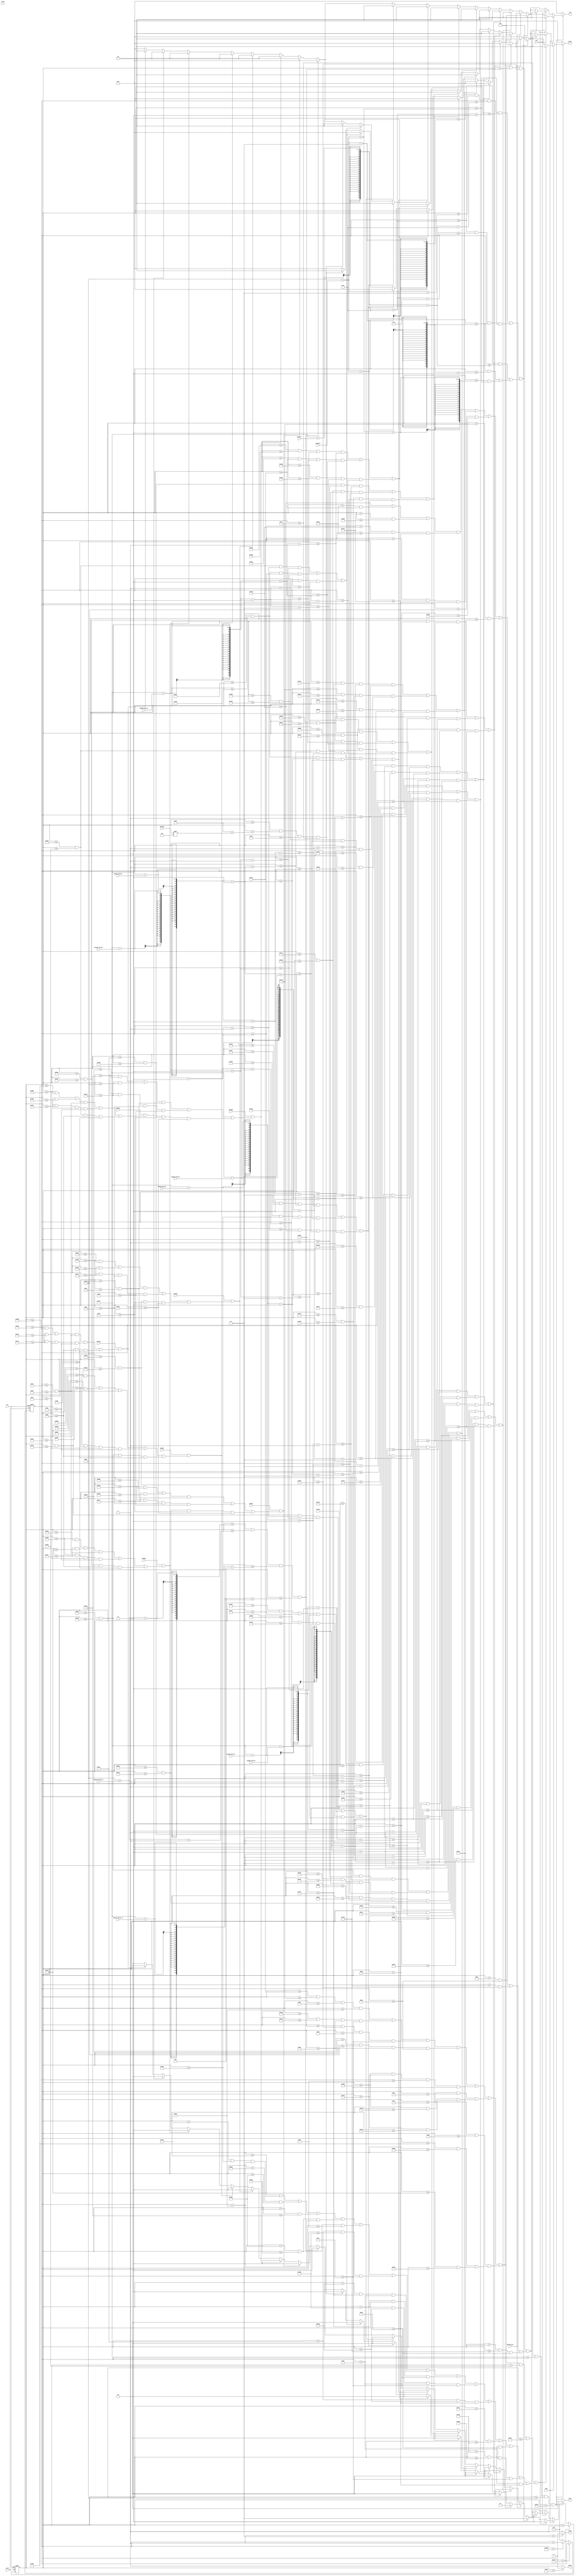
`timescale 1ns / 1ps
//////////////////////////////////////////////////////////////////////////////////
// Company: 
// Engineer: 
// 
// Design Name: 
// Module Name:    vga640x480 
// Project Name: 
// Target Devices: 
// Tool versions: 
// Description: 
//
// Dependencies: 
//
// Revision: 
// Revision 0.01 - File Created
// Additional Comments: 
//
//////////////////////////////////////////////////////////////////////////////////


module vga640x480(
	input wire dclk,			//pixel clock: 25MHz
	input wire clr,			//asynchronous reset
	input [9:0] playerX,
	input [8:0] playerY,
	input [9:0] player_bullet_x,
	input [8:0] player_bullet_y,
	input enemy1,
	input enemy2,
	input enemy3,
	input enemy4,
	input enemy5,
	input enemy6,
	input enemy7,
	input [8:0] enemy1_bullet,
	input [8:0] enemy2_bullet,
	input [8:0] enemy3_bullet,
	input [8:0] enemy4_bullet,
	input [8:0] enemy5_bullet,
	input [8:0] enemy6_bullet,
	input [8:0] enemy7_bullet,
	input [1:0] lives,
	input [6:0] bossHP,
	input bossActive,
	input win,
	input lose,
	output wire hsync,		//horizontal sync out
	output wire vsync,		//vertical sync out
	output reg [2:0] red,	//red vga output
	output reg [2:0] green, //green vga output
	output reg [1:0] blue	//blue vga output
	);


parameter PLAYER_WIDTH = 9; //half
parameter PLAYER_HEIGHT = 9; //half
parameter PLAYER_SPEED = 2;
parameter PLAYER_BULLET_SPEED = 4;
parameter PLAYER_BULLET_WIDTH = 1; //half
parameter PLAYER_BULLET_HEIGHT = 5;

parameter ENEMY_WIDTH = 7; //half
parameter ENEMY_HEIGHT = 7; //half
parameter ENEMY_BULLET_SPEED = 2;
parameter ENEMY_BULLET_SIZE = 3; //half

parameter BOSS_LEFT = 256;
parameter BOSS_RIGHT = 384;
parameter BOSS_TOP = 420;
parameter BOSS_BOTTOM = 360;


// video structure constants
parameter hpixels = 800;// horizontal pixels per line
parameter vlines = 521; // vertical lines per frame
parameter hpulse = 96; 	// hsync pulse length
parameter vpulse = 2; 	// vsync pulse length
parameter hbp = 144; 	// end of horizontal back porch
parameter hfp = 784; 	// beginning of horizontal front porch
parameter vbp = 31; 		// end of vertical back porch
parameter vfp = 511; 	// beginning of vertical front porch
// active horizontal video is therefore: 784 - 144 = 640
// active vertical video is therefore: 511 - 31 = 480

// registers for storing the horizontal & vertical counters
reg [9:0] hc;
reg [9:0] vc;

// Horizontal & vertical counters --
// this is how we keep track of where we are on the screen.
// ------------------------
// Sequential "always block", which is a block that is
// only triggered on signal transitions or "edges".
// posedge = rising edge  &  negedge = falling edge
// Assignment statements can only be used on type "reg" and need to be of the "non-blocking" type: <=
always @(posedge dclk or posedge clr)
begin
	// reset condition
	if (clr == 1)
	begin
		hc <= 0;
		vc <= 0;
	end
	else
	begin
		// keep counting until the end of the line
		if (hc < hpixels - 1)
			hc <= hc + 1;
		else
		// When we hit the end of the line, reset the horizontal
		// counter and increment the vertical counter.
		// If vertical counter is at the end of the frame, then
		// reset that one too.
		begin
			hc <= 0;
			if (vc < vlines - 1)
				vc <= vc + 1;
			else
				vc <= 0;
		end
		
	end
end

// generate sync pulses (active low)
// ----------------
// "assign" statements are a quick way to
// give values to variables of type: wire
assign hsync = (hc < hpulse) ? 0:1;
assign vsync = (vc < vpulse) ? 0:1;

// display 100% saturation colorbars
// ------------------------
// Combinational "always block", which is a block that is
// triggered when anything in the "sensitivity list" changes.
// The asterisk implies that everything that is capable of triggering the block
// is automatically included in the sensitivty list.  In this case, it would be
// equivalent to the following: always @(hc, vc)
// Assignment statements can only be used on type "reg" and should be of the "blocking" type: =
always @(*)
begin
	// first check if we're within vertical active video range
	if (vc >= vbp && vc < vfp && hc >= hbp && hc < hfp)
	begin

		// default
		red = 0;
		green = 0;
		blue = 0;


		// draw enemies
		//if(enemy1 && hc >= hbp + 128 - ENEMY_WIDTH && hc <= hbp + 128 + ENEMY_WIDTH && vc >= vfp - 420 - ENEMY_HEIGHT && vc <= vfp - 420 + ENEMY_HEIGHT) begin
		if(enemy1 && (((hc >= hbp + 128 - ENEMY_WIDTH && hc <= hbp + 128 - ENEMY_WIDTH + 2) || 
		(hc <= hbp + 128 + ENEMY_WIDTH && hc >= hbp + 128 + ENEMY_WIDTH - 2)) && (vc >= vfp - 420 - ENEMY_HEIGHT && vc <= vfp - 420 + ENEMY_HEIGHT) ||
		(hc >= hbp + 128 - ENEMY_WIDTH && hc <= hbp + 128 + ENEMY_WIDTH && vc >= vfp - 420 - 1 && vc <= vfp - 420 + 1) ||
		(hc >= hbp + 128 - 2 && hc <= hbp + 128 + 2 && vc >= vfp - 420 - 2 && vc <= vfp - 420 + 2))) begin
			red = 3'b111;
			green = 0;
			blue = 2'b11;
		end
		//if(enemy2 && hc >= hbp + 256 - ENEMY_WIDTH && hc <= hbp + 256 + ENEMY_WIDTH && vc >= vfp - 420 - ENEMY_HEIGHT && vc <= vfp - 420 + ENEMY_HEIGHT) begin
		if(enemy2 && (((hc >= hbp + 256 - ENEMY_WIDTH && hc <= hbp + 256 - ENEMY_WIDTH + 2) || 
		(hc <= hbp + 256 + ENEMY_WIDTH && hc >= hbp + 256 + ENEMY_WIDTH - 2)) && (vc >= vfp - 420 - ENEMY_HEIGHT && vc <= vfp - 420 + ENEMY_HEIGHT) ||
		(hc >= hbp + 256 - ENEMY_WIDTH && hc <= hbp + 256 + ENEMY_WIDTH && vc >= vfp - 420 - 1 && vc <= vfp - 420 + 1) ||
		(hc >= hbp + 256 - 2 && hc <= hbp + 256 + 2 && vc >= vfp - 420 - 2 && vc <= vfp - 420 + 2))) begin
			red = 3'b111;
			green = 0;
			blue = 2'b11;
		end
		//if(enemy3 && hc >= hbp + 384 - ENEMY_WIDTH && hc <= hbp + 384 + ENEMY_WIDTH && vc >= vfp - 420 - ENEMY_HEIGHT && vc <= vfp - 420 + ENEMY_HEIGHT) begin
		if(enemy3 && (((hc >= hbp + 384 - ENEMY_WIDTH && hc <= hbp + 384 - ENEMY_WIDTH + 2) || 
		(hc <= hbp + 384 + ENEMY_WIDTH && hc >= hbp + 384 + ENEMY_WIDTH - 2)) && (vc >= vfp - 420 - ENEMY_HEIGHT && vc <= vfp - 420 + ENEMY_HEIGHT) ||
		(hc >= hbp + 384 - ENEMY_WIDTH && hc <= hbp + 384 + ENEMY_WIDTH && vc >= vfp - 420 - 1 && vc <= vfp - 420 + 1) ||
		(hc >= hbp + 384 - 2 && hc <= hbp + 384 + 2 && vc >= vfp - 420 - 2 && vc <= vfp - 420 + 2))) begin
			red = 3'b111;
			green = 0;
			blue = 2'b11;
		end
		//if(enemy4 && hc >= hbp + 512 - ENEMY_WIDTH && hc <= hbp + 512 + ENEMY_WIDTH && vc >= vfp - 420 - ENEMY_HEIGHT && vc <= vfp - 420 + ENEMY_HEIGHT) begin
		if(enemy4 && (((hc >= hbp + 512 - ENEMY_WIDTH && hc <= hbp + 512 - ENEMY_WIDTH + 2) || 
		(hc <= hbp + 512 + ENEMY_WIDTH && hc >= hbp + 512 + ENEMY_WIDTH - 2)) && (vc >= vfp - 420 - ENEMY_HEIGHT && vc <= vfp - 420 + ENEMY_HEIGHT) ||
		(hc >= hbp + 512 - ENEMY_WIDTH && hc <= hbp + 512 + ENEMY_WIDTH && vc >= vfp - 420 - 1 && vc <= vfp - 420 + 1) ||
		(hc >= hbp + 512 - 2 && hc <= hbp + 512 + 2 && vc >= vfp - 420 - 2 && vc <= vfp - 420 + 2))) begin
			red = 3'b111;
			green = 0;
			blue = 2'b11;
		end
		//if(enemy5 && hc >= hbp + 160 - ENEMY_WIDTH && hc <= hbp + 160 + ENEMY_WIDTH && vc >= vfp - 360 - ENEMY_HEIGHT && vc <= vfp - 360 + ENEMY_HEIGHT) begin
		if(enemy5 && (((hc >= hbp + 160 - ENEMY_WIDTH && hc <= hbp + 160 - ENEMY_WIDTH + 2) || 
		(hc <= hbp + 160 + ENEMY_WIDTH && hc >= hbp + 160 + ENEMY_WIDTH - 2)) && (vc >= vfp - 360 - ENEMY_HEIGHT && vc <= vfp - 360 + ENEMY_HEIGHT) ||
		(hc >= hbp + 160 - ENEMY_WIDTH && hc <= hbp + 160 + ENEMY_WIDTH && vc >= vfp - 360 - 1 && vc <= vfp - 360 + 1) ||
		(hc >= hbp + 160 - 2 && hc <= hbp + 160 + 2 && vc >= vfp - 360 - 2 && vc <= vfp - 360 + 2))) begin
			red = 3'b111;
			green = 0;
			blue = 2'b11;
		end
		//if(enemy6 && hc >= hbp + 320 - ENEMY_WIDTH && hc <= hbp + 320 + ENEMY_WIDTH && vc >= vfp - 360 - ENEMY_HEIGHT && vc <= vfp - 360 + ENEMY_HEIGHT) begin
		if(enemy6 && (((hc >= hbp + 320 - ENEMY_WIDTH && hc <= hbp + 320 - ENEMY_WIDTH + 2) || 
		(hc <= hbp + 320 + ENEMY_WIDTH && hc >= hbp + 320 + ENEMY_WIDTH - 2)) && (vc >= vfp - 360 - ENEMY_HEIGHT && vc <= vfp - 360 + ENEMY_HEIGHT) ||
		(hc >= hbp + 320 - ENEMY_WIDTH && hc <= hbp + 320 + ENEMY_WIDTH && vc >= vfp - 360 - 1 && vc <= vfp - 360 + 1) ||
		(hc >= hbp + 320 - 2 && hc <= hbp + 320 + 2 && vc >= vfp - 360 - 2 && vc <= vfp - 360 + 2))) begin
			red = 3'b111;
			green = 0;
			blue = 2'b11;
		end
		//if(enemy7 && hc >= hbp + 480 - ENEMY_WIDTH && hc <= hbp + 480 + ENEMY_WIDTH && vc >= vfp - 360 - ENEMY_HEIGHT && vc <= vfp - 360 + ENEMY_HEIGHT) begin
		if(enemy7 && (((hc >= hbp + 480 - ENEMY_WIDTH && hc <= hbp + 480 - ENEMY_WIDTH + 2) || 
		(hc <= hbp + 480 + ENEMY_WIDTH && hc >= hbp + 480 + ENEMY_WIDTH - 2)) && (vc >= vfp - 360 - ENEMY_HEIGHT && vc <= vfp - 360 + ENEMY_HEIGHT) ||
		(hc >= hbp + 480 - ENEMY_WIDTH && hc <= hbp + 480 + ENEMY_WIDTH && vc >= vfp - 360 - 1 && vc <= vfp - 360 + 1) ||
		(hc >= hbp + 480 - 2 && hc <= hbp + 480 + 2 && vc >= vfp - 360 - 2 && vc <= vfp - 360 + 2))) begin
			red = 3'b111;
			green = 0;
			blue = 2'b11;
		end

		// draw player bullet
		if(hc >= hbp + player_bullet_x - PLAYER_BULLET_WIDTH && hc <= hbp + player_bullet_x + PLAYER_BULLET_WIDTH && vc >= vfp - player_bullet_y - PLAYER_BULLET_HEIGHT && vc <= vfp - player_bullet_y + PLAYER_BULLET_HEIGHT) begin
			red = 0;
			green = 0;
			blue = 2'b11;
		end

		// draw enemy bullets
		if(!bossActive) begin
			if(hc >= hbp + 128 - ENEMY_BULLET_SIZE + 1 && hc <= hbp + 128 + ENEMY_BULLET_SIZE - 1 && vc >= vfp - enemy1_bullet - ENEMY_BULLET_SIZE + 1 && vc <= vfp - enemy1_bullet + ENEMY_BULLET_SIZE - 1 ||
			   hc >= hbp + 128 - ENEMY_BULLET_SIZE + 2 && hc <= hbp + 128 + ENEMY_BULLET_SIZE - 2 && vc >= vfp - enemy1_bullet - ENEMY_BULLET_SIZE && vc <= vfp - enemy1_bullet + ENEMY_BULLET_SIZE ||
			   hc >= hbp + 128 - ENEMY_BULLET_SIZE && hc <= hbp + 128 + ENEMY_BULLET_SIZE && vc >= vfp - enemy1_bullet - ENEMY_BULLET_SIZE + 2 && vc <= vfp - enemy1_bullet + ENEMY_BULLET_SIZE - 2) begin
				red = 3'b111;
				green = 0;
				blue = 0;
			end
			if(hc >= hbp + 256 - ENEMY_BULLET_SIZE + 1 && hc <= hbp + 256 + ENEMY_BULLET_SIZE - 1 && vc >= vfp - enemy2_bullet - ENEMY_BULLET_SIZE + 1 && vc <= vfp - enemy2_bullet + ENEMY_BULLET_SIZE - 1 ||
			   hc >= hbp + 256 - ENEMY_BULLET_SIZE + 2 && hc <= hbp + 256 + ENEMY_BULLET_SIZE - 2 && vc >= vfp - enemy2_bullet - ENEMY_BULLET_SIZE && vc <= vfp - enemy2_bullet + ENEMY_BULLET_SIZE ||
			   hc >= hbp + 256 - ENEMY_BULLET_SIZE && hc <= hbp + 256 + ENEMY_BULLET_SIZE && vc >= vfp - enemy2_bullet - ENEMY_BULLET_SIZE + 2 && vc <= vfp - enemy2_bullet + ENEMY_BULLET_SIZE - 2) begin
				red = 3'b111;
				green = 0;
				blue = 0;
			end
			if(hc >= hbp + 384 - ENEMY_BULLET_SIZE + 1 && hc <= hbp + 384 + ENEMY_BULLET_SIZE - 1 && vc >= vfp - enemy3_bullet - ENEMY_BULLET_SIZE + 1 && vc <= vfp - enemy3_bullet + ENEMY_BULLET_SIZE - 1 ||
			   hc >= hbp + 384 - ENEMY_BULLET_SIZE + 2 && hc <= hbp + 384 + ENEMY_BULLET_SIZE - 2 && vc >= vfp - enemy3_bullet - ENEMY_BULLET_SIZE && vc <= vfp - enemy3_bullet + ENEMY_BULLET_SIZE ||
			   hc >= hbp + 384 - ENEMY_BULLET_SIZE && hc <= hbp + 384 + ENEMY_BULLET_SIZE && vc >= vfp - enemy3_bullet - ENEMY_BULLET_SIZE + 2 && vc <= vfp - enemy3_bullet + ENEMY_BULLET_SIZE - 2) begin
				red = 3'b111;
				green = 0;
				blue = 0;
			end
			if(hc >= hbp + 512 - ENEMY_BULLET_SIZE + 1 && hc <= hbp + 512 + ENEMY_BULLET_SIZE - 1 && vc >= vfp - enemy4_bullet - ENEMY_BULLET_SIZE + 1 && vc <= vfp - enemy4_bullet + ENEMY_BULLET_SIZE - 1 ||
			   hc >= hbp + 512 - ENEMY_BULLET_SIZE + 2 && hc <= hbp + 512 + ENEMY_BULLET_SIZE - 2 && vc >= vfp - enemy4_bullet - ENEMY_BULLET_SIZE && vc <= vfp - enemy4_bullet + ENEMY_BULLET_SIZE ||
			   hc >= hbp + 512 - ENEMY_BULLET_SIZE && hc <= hbp + 512 + ENEMY_BULLET_SIZE && vc >= vfp - enemy4_bullet - ENEMY_BULLET_SIZE + 2 && vc <= vfp - enemy4_bullet + ENEMY_BULLET_SIZE - 2) begin
				red = 3'b111;
				green = 0;
				blue = 0;
			end
			if(hc >= hbp + 160 - ENEMY_BULLET_SIZE + 1 && hc <= hbp + 160 + ENEMY_BULLET_SIZE - 1 && vc >= vfp - enemy5_bullet - ENEMY_BULLET_SIZE + 1 && vc <= vfp - enemy5_bullet + ENEMY_BULLET_SIZE - 1 ||
			   hc >= hbp + 160 - ENEMY_BULLET_SIZE + 2 && hc <= hbp + 160 + ENEMY_BULLET_SIZE - 2 && vc >= vfp - enemy5_bullet - ENEMY_BULLET_SIZE && vc <= vfp - enemy5_bullet + ENEMY_BULLET_SIZE ||
			   hc >= hbp + 160 - ENEMY_BULLET_SIZE && hc <= hbp + 160 + ENEMY_BULLET_SIZE && vc >= vfp - enemy5_bullet - ENEMY_BULLET_SIZE + 2 && vc <= vfp - enemy5_bullet + ENEMY_BULLET_SIZE - 2) begin
				red = 3'b111;
				green = 0;
				blue = 0;
			end
			if(hc >= hbp + 320 - ENEMY_BULLET_SIZE + 1 && hc <= hbp + 320 + ENEMY_BULLET_SIZE - 1 && vc >= vfp - enemy6_bullet - ENEMY_BULLET_SIZE + 1 && vc <= vfp - enemy6_bullet + ENEMY_BULLET_SIZE - 1 ||
			   hc >= hbp + 320 - ENEMY_BULLET_SIZE + 2 && hc <= hbp + 320 + ENEMY_BULLET_SIZE - 2 && vc >= vfp - enemy6_bullet - ENEMY_BULLET_SIZE && vc <= vfp - enemy6_bullet + ENEMY_BULLET_SIZE ||
			   hc >= hbp + 320 - ENEMY_BULLET_SIZE && hc <= hbp + 320 + ENEMY_BULLET_SIZE && vc >= vfp - enemy6_bullet - ENEMY_BULLET_SIZE + 2 && vc <= vfp - enemy6_bullet + ENEMY_BULLET_SIZE - 2) begin
				red = 3'b111;
				
				green = 0;
				blue = 0;
			end
			if(hc >= hbp + 480 - ENEMY_BULLET_SIZE + 1 && hc <= hbp + 480 + ENEMY_BULLET_SIZE - 1 && vc >= vfp - enemy7_bullet - ENEMY_BULLET_SIZE + 1 && vc <= vfp - enemy7_bullet + ENEMY_BULLET_SIZE - 1 ||
			   hc >= hbp + 480 - ENEMY_BULLET_SIZE + 2 && hc <= hbp + 480 + ENEMY_BULLET_SIZE - 2 && vc >= vfp - enemy7_bullet - ENEMY_BULLET_SIZE && vc <= vfp - enemy7_bullet + ENEMY_BULLET_SIZE ||
			   hc >= hbp + 480 - ENEMY_BULLET_SIZE && hc <= hbp + 480 + ENEMY_BULLET_SIZE && vc >= vfp - enemy7_bullet - ENEMY_BULLET_SIZE + 2 && vc <= vfp - enemy7_bullet + ENEMY_BULLET_SIZE - 2) begin
				red = 3'b111;
				green = 0;
				blue = 0;
			end
		end
		else begin
			

			// draw hp bar
			if(hc >= hbp + 20 && hc < hbp + 20 + bossHP * 12 && vc <= vfp - 460 && vc >= vfp - 480) begin
				red = 3'b111;
				green = 3'b111;
				blue = 2'b11;
			end

			// draw bullets
			if(hc >= hbp + 256 - ENEMY_BULLET_SIZE + 1 && hc <= hbp + 256 + ENEMY_BULLET_SIZE - 1 && vc >= vfp - enemy1_bullet - ENEMY_BULLET_SIZE + 1 && vc <= vfp - enemy1_bullet + ENEMY_BULLET_SIZE - 1 ||
			   hc >= hbp + 256 - ENEMY_BULLET_SIZE + 2 && hc <= hbp + 256 + ENEMY_BULLET_SIZE - 2 && vc >= vfp - enemy1_bullet - ENEMY_BULLET_SIZE && vc <= vfp - enemy1_bullet + ENEMY_BULLET_SIZE ||
			   hc >= hbp + 256 - ENEMY_BULLET_SIZE && hc <= hbp + 256 + ENEMY_BULLET_SIZE && vc >= vfp - enemy1_bullet - ENEMY_BULLET_SIZE + 2 && vc <= vfp - enemy1_bullet + ENEMY_BULLET_SIZE - 2) begin
				red = 3'b111;
				green = 0;
				blue = 0;
			end
			if(hc >= hbp + 277 - ENEMY_BULLET_SIZE + 1 && hc <= hbp + 277 + ENEMY_BULLET_SIZE - 1 && vc >= vfp - enemy2_bullet - ENEMY_BULLET_SIZE + 1 && vc <= vfp - enemy2_bullet + ENEMY_BULLET_SIZE - 1 ||
			   hc >= hbp + 277 - ENEMY_BULLET_SIZE + 2 && hc <= hbp + 277 + ENEMY_BULLET_SIZE - 2 && vc >= vfp - enemy2_bullet - ENEMY_BULLET_SIZE && vc <= vfp - enemy2_bullet + ENEMY_BULLET_SIZE ||
			   hc >= hbp + 277 - ENEMY_BULLET_SIZE && hc <= hbp + 277 + ENEMY_BULLET_SIZE && vc >= vfp - enemy2_bullet - ENEMY_BULLET_SIZE + 2 && vc <= vfp - enemy2_bullet + ENEMY_BULLET_SIZE - 2) begin
				red = 3'b111;
				green = 0;
				blue = 0;
			end
			if(hc >= hbp + 299 - ENEMY_BULLET_SIZE + 1 && hc <= hbp + 299 + ENEMY_BULLET_SIZE - 1 && vc >= vfp - enemy3_bullet - ENEMY_BULLET_SIZE + 1 && vc <= vfp - enemy3_bullet + ENEMY_BULLET_SIZE - 1 ||
			   hc >= hbp + 299 - ENEMY_BULLET_SIZE + 2 && hc <= hbp + 299 + ENEMY_BULLET_SIZE - 2 && vc >= vfp - enemy3_bullet - ENEMY_BULLET_SIZE && vc <= vfp - enemy3_bullet + ENEMY_BULLET_SIZE ||
			   hc >= hbp + 299 - ENEMY_BULLET_SIZE && hc <= hbp + 299 + ENEMY_BULLET_SIZE && vc >= vfp - enemy3_bullet - ENEMY_BULLET_SIZE + 2 && vc <= vfp - enemy3_bullet + ENEMY_BULLET_SIZE - 2) begin
				red = 3'b111;
				green = 0;
				blue = 0;
			end
			if(hc >= hbp + 320 - ENEMY_BULLET_SIZE + 1 && hc <= hbp + 320 + ENEMY_BULLET_SIZE - 1 && vc >= vfp - enemy4_bullet - ENEMY_BULLET_SIZE + 1 && vc <= vfp - enemy4_bullet + ENEMY_BULLET_SIZE - 1 ||
			   hc >= hbp + 320 - ENEMY_BULLET_SIZE + 2 && hc <= hbp + 320 + ENEMY_BULLET_SIZE - 2 && vc >= vfp - enemy4_bullet - ENEMY_BULLET_SIZE && vc <= vfp - enemy4_bullet + ENEMY_BULLET_SIZE ||
			   hc >= hbp + 320 - ENEMY_BULLET_SIZE && hc <= hbp + 320 + ENEMY_BULLET_SIZE && vc >= vfp - enemy4_bullet - ENEMY_BULLET_SIZE + 2 && vc <= vfp - enemy4_bullet + ENEMY_BULLET_SIZE - 2) begin
				red = 3'b111;
				green = 0;
				blue = 0;
			end
			if(hc >= hbp + 341 - ENEMY_BULLET_SIZE + 1 && hc <= hbp + 341 + ENEMY_BULLET_SIZE - 1 && vc >= vfp - enemy5_bullet - ENEMY_BULLET_SIZE + 1 && vc <= vfp - enemy5_bullet + ENEMY_BULLET_SIZE - 1 ||
			   hc >= hbp + 341 - ENEMY_BULLET_SIZE + 2 && hc <= hbp + 341 + ENEMY_BULLET_SIZE - 2 && vc >= vfp - enemy5_bullet - ENEMY_BULLET_SIZE && vc <= vfp - enemy5_bullet + ENEMY_BULLET_SIZE ||
			   hc >= hbp + 341 - ENEMY_BULLET_SIZE && hc <= hbp + 341 + ENEMY_BULLET_SIZE && vc >= vfp - enemy5_bullet - ENEMY_BULLET_SIZE + 2 && vc <= vfp - enemy5_bullet + ENEMY_BULLET_SIZE - 2) begin
				red = 3'b111;
				green = 0;
				blue = 0;
			end
			if(hc >= hbp + 363 - ENEMY_BULLET_SIZE + 1 && hc <= hbp + 363 + ENEMY_BULLET_SIZE - 1 && vc >= vfp - enemy6_bullet - ENEMY_BULLET_SIZE + 1 && vc <= vfp - enemy6_bullet + ENEMY_BULLET_SIZE - 1 ||
			   hc >= hbp + 363 - ENEMY_BULLET_SIZE + 2 && hc <= hbp + 363 + ENEMY_BULLET_SIZE - 2 && vc >= vfp - enemy6_bullet - ENEMY_BULLET_SIZE && vc <= vfp - enemy6_bullet + ENEMY_BULLET_SIZE ||
			   hc >= hbp + 363 - ENEMY_BULLET_SIZE && hc <= hbp + 363 + ENEMY_BULLET_SIZE && vc >= vfp - enemy6_bullet - ENEMY_BULLET_SIZE + 2 && vc <= vfp - enemy6_bullet + ENEMY_BULLET_SIZE - 2) begin
				red = 3'b111;
				green = 0;
				blue = 0;
			end
			if(hc >= hbp + 384 - ENEMY_BULLET_SIZE + 1 && hc <= hbp + 384 + ENEMY_BULLET_SIZE - 1 && vc >= vfp - enemy7_bullet - ENEMY_BULLET_SIZE + 1 && vc <= vfp - enemy7_bullet + ENEMY_BULLET_SIZE - 1 ||
			   hc >= hbp + 384 - ENEMY_BULLET_SIZE + 2 && hc <= hbp + 384 + ENEMY_BULLET_SIZE - 2 && vc >= vfp - enemy7_bullet - ENEMY_BULLET_SIZE && vc <= vfp - enemy7_bullet + ENEMY_BULLET_SIZE ||
			   hc >= hbp + 384 - ENEMY_BULLET_SIZE && hc <= hbp + 384 + ENEMY_BULLET_SIZE && vc >= vfp - enemy7_bullet - ENEMY_BULLET_SIZE + 2 && vc <= vfp - enemy7_bullet + ENEMY_BULLET_SIZE - 2) begin
				red = 3'b111;
				green = 0;
				blue = 0;
			end

			// draw boss
			//if(hc >= hbp + BOSS_LEFT && hc <= hbp + BOSS_RIGHT && vc >= vfp - BOSS_TOP && vc <= vfp - BOSS_BOTTOM) begin
			if((hc >= hbp + BOSS_LEFT + 44 && hc <= hbp + BOSS_RIGHT - 44 && vc >= vfp - BOSS_TOP - 5 && vc <= vfp - BOSS_BOTTOM + 20) ||
			(hc >= hbp + BOSS_LEFT + 29 && hc <= hbp + BOSS_RIGHT - 29 && vc >= vfp - BOSS_TOP && vc <= vfp - BOSS_BOTTOM) ||
			(hc >= hbp + BOSS_LEFT + 14 && hc <= hbp + BOSS_RIGHT - 14 && vc >= vfp - BOSS_TOP + 10 && vc <= vfp - BOSS_BOTTOM) ||
			(hc >= hbp + BOSS_LEFT + 59 && hc <= hbp + BOSS_RIGHT - 59 && vc >= vfp - BOSS_TOP && vc <= vfp - BOSS_BOTTOM + 30) ||
			(hc >= hbp + BOSS_LEFT - 10 && hc <= hbp + BOSS_RIGHT + 10 && vc >= vfp - BOSS_TOP + 50 && vc <= vfp - BOSS_BOTTOM) || 
			((vc >= vfp - BOSS_TOP + 35 && vc <= vfp - BOSS_BOTTOM + 10) &&
			((hc >= hbp + BOSS_LEFT - 10 && hc <= hbp + BOSS_LEFT + 4) || 
			(hc <= hbp + BOSS_RIGHT + 10 && hc >= hbp + BOSS_RIGHT - 4))) || 
			((vc >= vfp - BOSS_TOP + 35 && vc <= vfp - BOSS_BOTTOM + 15) &&
			((hc >= hbp + BOSS_LEFT - 5 && hc <= hbp + BOSS_LEFT) || 
			(hc <= hbp + BOSS_RIGHT + 5 && hc >= hbp + BOSS_RIGHT)))) begin
				red = 3'b010;
				green = 3'b010;
				blue = 2'b01;
			end

		end

		

		// draw player
		//if(hc >= hbp + playerX - PLAYER_WIDTH && hc <= hbp + playerX + PLAYER_WIDTH && vc >= vfp - playerY - PLAYER_HEIGHT && vc <= vfp - playerY + PLAYER_HEIGHT) begin
		if((hc >= hbp + playerX - 2 && hc <= hbp + playerX + 2 && vc >= vfp - playerY - PLAYER_HEIGHT - 9 && vc <= vfp - playerY + PLAYER_HEIGHT + 3) ||
			(vc <= vfp - playerY + PLAYER_HEIGHT && vc >= vfp - playerY + PLAYER_HEIGHT - 6 && hc >= hbp + playerX - PLAYER_WIDTH && hc <= hbp + playerX + PLAYER_WIDTH) ||
			(vc <= vfp - playerY + PLAYER_HEIGHT && vc >= vfp - playerY - PLAYER_HEIGHT) &&
			((hc >= hbp + playerX - PLAYER_WIDTH && hc <= hbp + playerX - PLAYER_WIDTH + 3) ||
			(hc >= hbp + playerX + PLAYER_WIDTH - 3 && hc <= hbp + playerX + PLAYER_WIDTH))) begin
			red = 3'b010;
			green = 3'b010;
			blue = 2'b10;
		end


		// draw win or lose
		if(lose) begin
			if ((vc > vbp + 100 && vc <= vbp + 150 && hc > hbp + 258 && hc <= hbp + 583) && 
				((hc <= hbp + 268) || 
				(hc > hbp + 268 && hc <= hbp + 278 && vc > vbp + 140) || 
				(hc > hbp + 283 && hc <= hbp + 293) || 
				(hc > hbp + 303 && hc <= hbp + 313) || 
				(hc > hbp + 293 && hc <= hbp + 303 && vc > vbp + 140) || 
				(hc > hbp + 293 && hc <= hbp + 303 && vc <= vbp + 110) || 
				(hc > hbp + 318 && hc <= hbp + 328 && vc <= vbp + 120) || 
				(hc > hbp + 333 && hc <= hbp + 343 && vc > vbp + 115) || 
				(hc > hbp + 328 && hc <= hbp + 343 && vc <= vbp + 105) || 
				(hc > hbp + 328 && hc <= hbp + 333 && vc > vbp + 115 && vc <= vbp + 120) || 
				(hc > hbp + 318 && hc <= hbp + 333 && vc > vbp + 145) || 
				(hc > hbp + 348 && hc <= hbp + 358) || 
				(hc > hbp + 358 && hc <= hbp + 373 && vc <= vbp + 105) || 
				(hc > hbp + 358 && hc <= hbp + 373 && vc > vbp + 115 && vc <= vbp + 120) || 
				(hc > hbp + 358 && hc <= hbp + 373 && vc > vbp + 145))) begin
				red = 3'b111;
				green = 3'b111;
				blue = 2'b11;
			end
		end
		else if(win) begin
			if ((vc > vbp + 100 && vc <= vbp + 150 && hc > hbp + 270 && hc <= hbp + 370) && 
				((hc <= hbp + 280) || 
				(hc > hbp + 290 && hc <= hbp + 300) || 
				(hc > hbp + 310 && hc <= hbp + 320) || 
				(hc > hbp + 280 && hc <= hbp + 290 && vc > vbp + 145) || 
				(hc > hbp + 300 && hc <= hbp + 310 && vc > vbp + 145) || 
				(hc > hbp + 325 && hc <= hbp + 335) || 
				(hc > hbp + 340 && hc <= hbp + 350) || 
				(hc > hbp + 360 && hc <= hbp + 370) || 
				(hc > hbp + 350 && hc <= hbp + 360 && vc <= vbp + 105))) begin
				red = 3'b111;
				green = 3'b111;
				blue = 2'b11;
			end
		end
		
	end
	// we're outside active vertical range so display black
	else
	begin
		red = 0;
		green = 0;
		blue = 0;
	end
end

endmodule